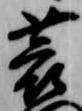
蓑